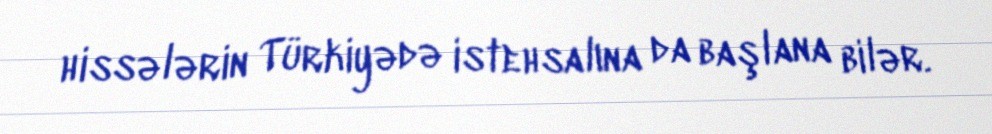
hissələrin Türkiyədə istehsalına da başlana bilər.